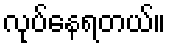
လုပ်နေရတယ်။